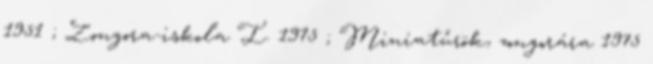
1951 ; Zongora-iskola I. 1975 ; Miniatűrök, zongorára 1975